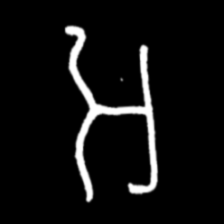
Pyu character \u2014 Myanmar letter: အ (romanized: a)